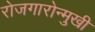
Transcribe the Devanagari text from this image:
रोजगारोन्मुखी